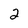
Character: 2